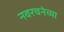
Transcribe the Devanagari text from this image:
नवरचनेच्या